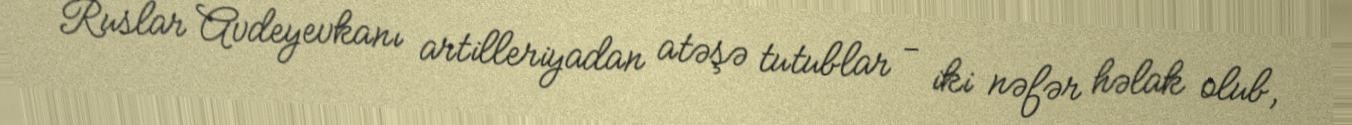
Ruslar Avdeyevkanı artilleriyadan atəşə tutublar - iki nəfər həlak olub,